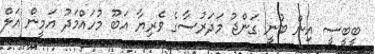
ބީބީސީ އިން ބުނީ ގަންޖު މަދަރުސާގެ ވެރިޔާ އަބޫ މުހައްމަދު އަމީން އަލް